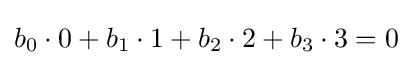
b_{0}\cdot 0+b_{1}\cdot 1+b_{2}\cdot 2+b_{3}\cdot 3=0